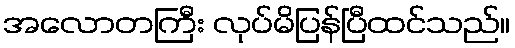
အလောတကြီး လုပ်မိပြန်ပြီထင်သည်။